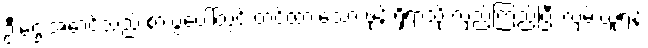
ဦးဌေးအောင်သည် စားပွဲပေါ်တွင် တင်ထားသော ဖုန်းရှိရာသို့ လှည့်ကြည့်ပြီး လှမ်းယူရန်